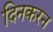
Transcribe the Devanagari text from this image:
दिनकरन